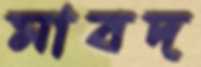
মাবদ